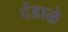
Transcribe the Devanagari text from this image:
दंडाळे